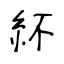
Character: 紑